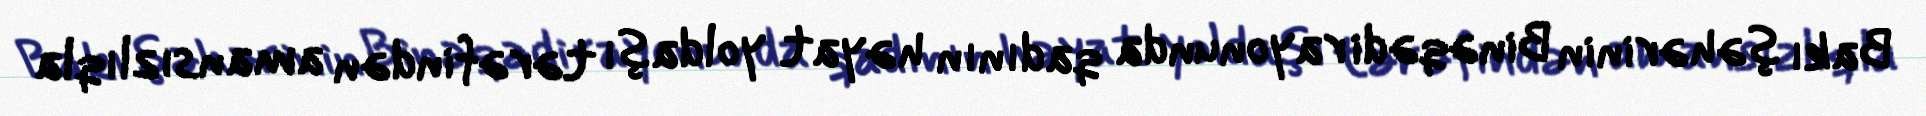
Bakı şəhərinin Binəqədi rayonunda qadının həyat yoldaşı tərəfindən amansızlıqla